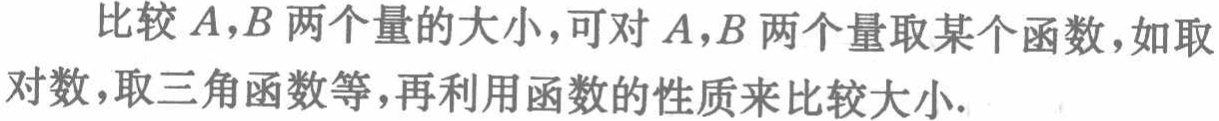
比较\(A,B\)两个量的大小，可对\(A,B\)两个量取某个函数，如取对数，取三角函数等，再利用函数的性质来比较大小.